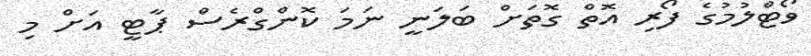
ވޯޓްލުމުގެ ފޯރި އޮތް ގޮތަށް ބަލަނީ ނަމަ ކޮންގްރެސް ޕާޓީ އަށް މި